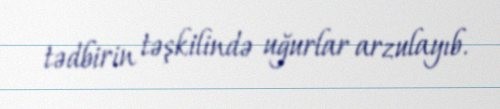
tədbirin təşkilində uğurlar arzulayıb.